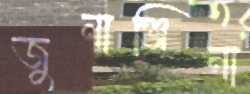
জুনাঞ্জিনা